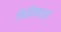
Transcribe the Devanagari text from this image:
फिनिक्सचे